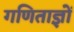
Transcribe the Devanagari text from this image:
गणिताज्ञों